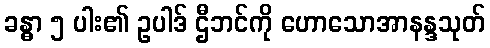
ခန္ဓာ ၅ ပါး၏ ဥပါဒ် ဌီဘင်ကို ဟောသောအာနန္ဒသုတ်